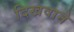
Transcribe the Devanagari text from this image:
दिखवाने